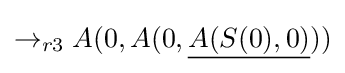
\rightarrow _{r3}A(0,A(0,{\underline {A(S(0),0)}}))